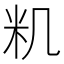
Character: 籶